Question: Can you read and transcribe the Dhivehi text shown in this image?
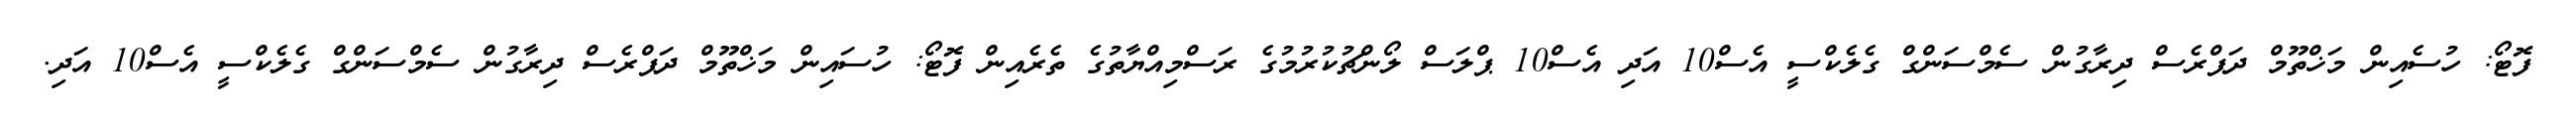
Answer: ފޮޓޯ: ހުސެއިން މަޚްތޫމް ދަޕްރެސް ދިރާގުން ސެމްސަންގް ގެލެކްސީ އެސް10 އަދި އެސް10 ޕްލަސް ލޯންޗުކުރުމުގެ ރަސްމިއްޔާތުގެ ތެރެއިން ފޮޓޯ: ހުސައިން މަޚްތޫމް ދަޕްރެސް ދިރާގުން ސެމްސަންގް ގެލެކްސީ އެސް10 އަދި.